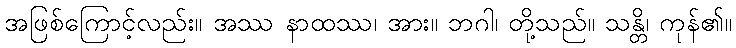
အဖြစ်ကြောင့်လည်း။ အဿ နာထဿ၊ အား။ ဘဂါ၊ တို့သည်။ သန္တိ၊ ကုန်၏။